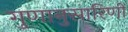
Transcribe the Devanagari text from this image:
गुणानुसारिणी